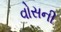
વોસની